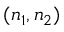
( n _ { 1 } , n _ { 2 } )